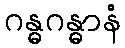
ဂန္ဓဂန္ဓာနံ